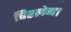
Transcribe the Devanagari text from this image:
विश्लेण।